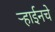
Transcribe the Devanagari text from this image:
ऱ्हाईनचे